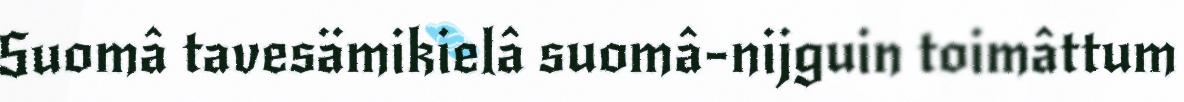
Suomâ tavesämikielâ suomâ-nijguin toimâttum